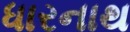
ધારનાથ